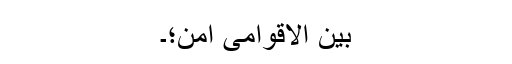
بین الاقوامی امن؛۔